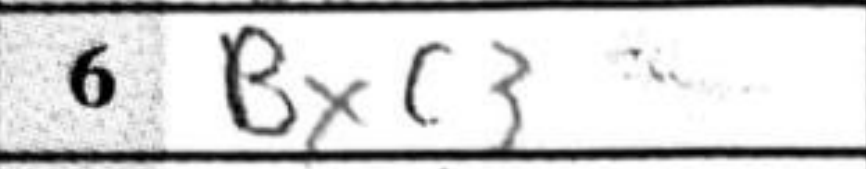
Transcription: Bxc3